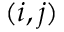
( i , j )